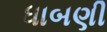
ધાબણી